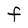
Character: F